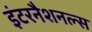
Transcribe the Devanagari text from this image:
इंटरनैशनल्स